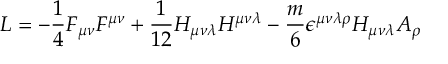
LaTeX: { \cal L } = - \frac { 1 } { 4 } F _ { \mu \nu } F ^ { \mu \nu } + \frac { 1 } { 1 2 } H _ { \mu \nu \lambda } H ^ { \mu \nu \lambda } - \frac { m } { 6 } \epsilon ^ { \mu \nu \lambda \rho } H _ { \mu \nu \lambda } A _ { \rho }